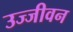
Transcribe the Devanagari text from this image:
उज्जीवन